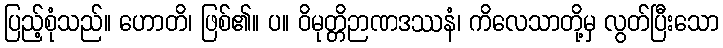
ပြည့်စုံသည်။ ဟောတိ၊ ဖြစ်၏။ ပ။ ဝိမုတ္တိဉာဏဒဿနံ၊ ကိလေသာတို့မှ လွတ်ပြီးသော